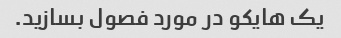
یک هایکو در مورد فصول بسازید.